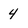
Character: 4